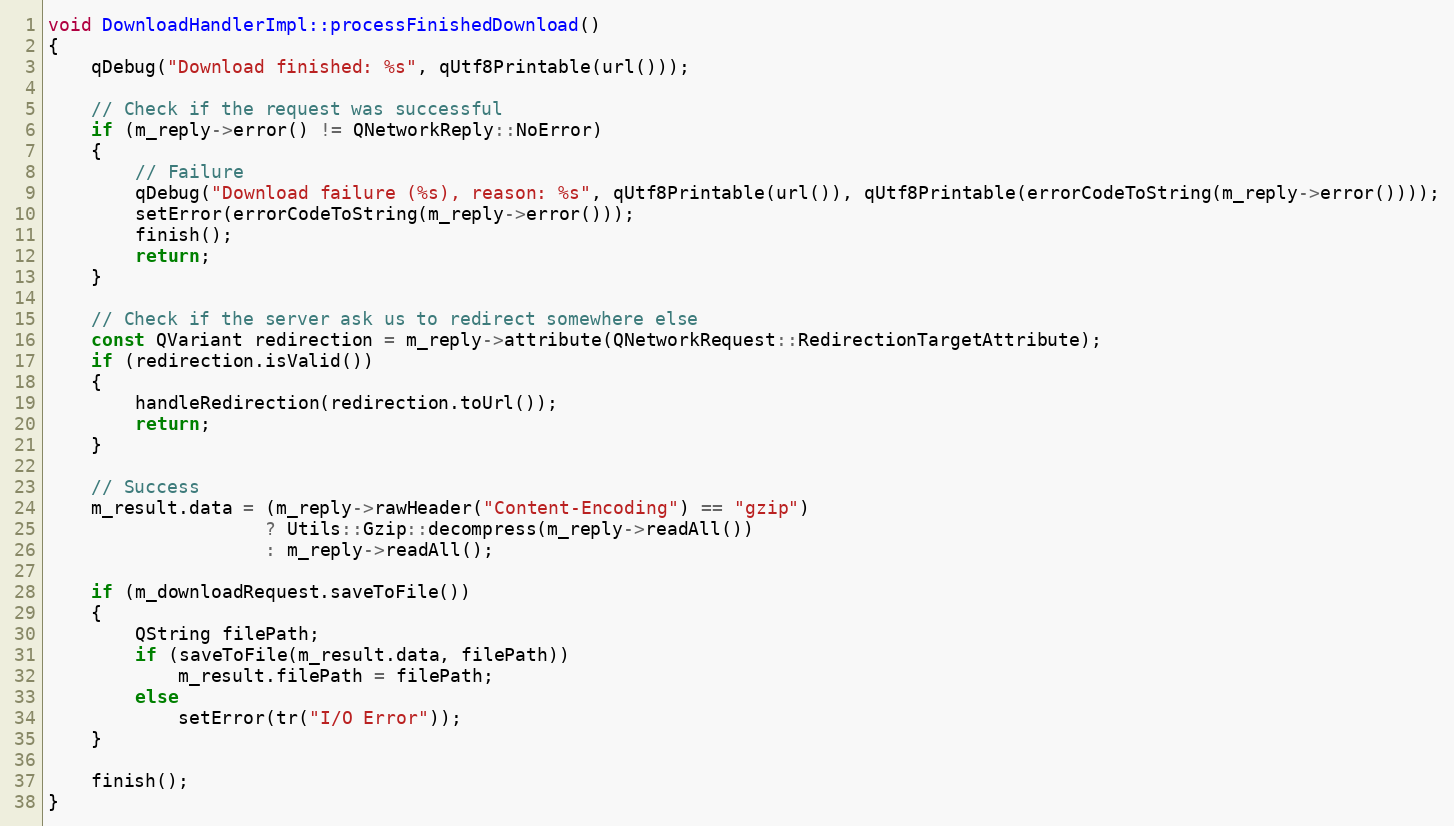
Language: C++
void DownloadHandlerImpl::processFinishedDownload()
{
    qDebug("Download finished: %s", qUtf8Printable(url()));

    // Check if the request was successful
    if (m_reply->error() != QNetworkReply::NoError)
    {
        // Failure
        qDebug("Download failure (%s), reason: %s", qUtf8Printable(url()), qUtf8Printable(errorCodeToString(m_reply->error())));
        setError(errorCodeToString(m_reply->error()));
        finish();
        return;
    }

    // Check if the server ask us to redirect somewhere else
    const QVariant redirection = m_reply->attribute(QNetworkRequest::RedirectionTargetAttribute);
    if (redirection.isValid())
    {
        handleRedirection(redirection.toUrl());
        return;
    }

    // Success
    m_result.data = (m_reply->rawHeader("Content-Encoding") == "gzip")
                    ? Utils::Gzip::decompress(m_reply->readAll())
                    : m_reply->readAll();

    if (m_downloadRequest.saveToFile())
    {
        QString filePath;
        if (saveToFile(m_result.data, filePath))
            m_result.filePath = filePath;
        else
            setError(tr("I/O Error"));
    }

    finish();
}